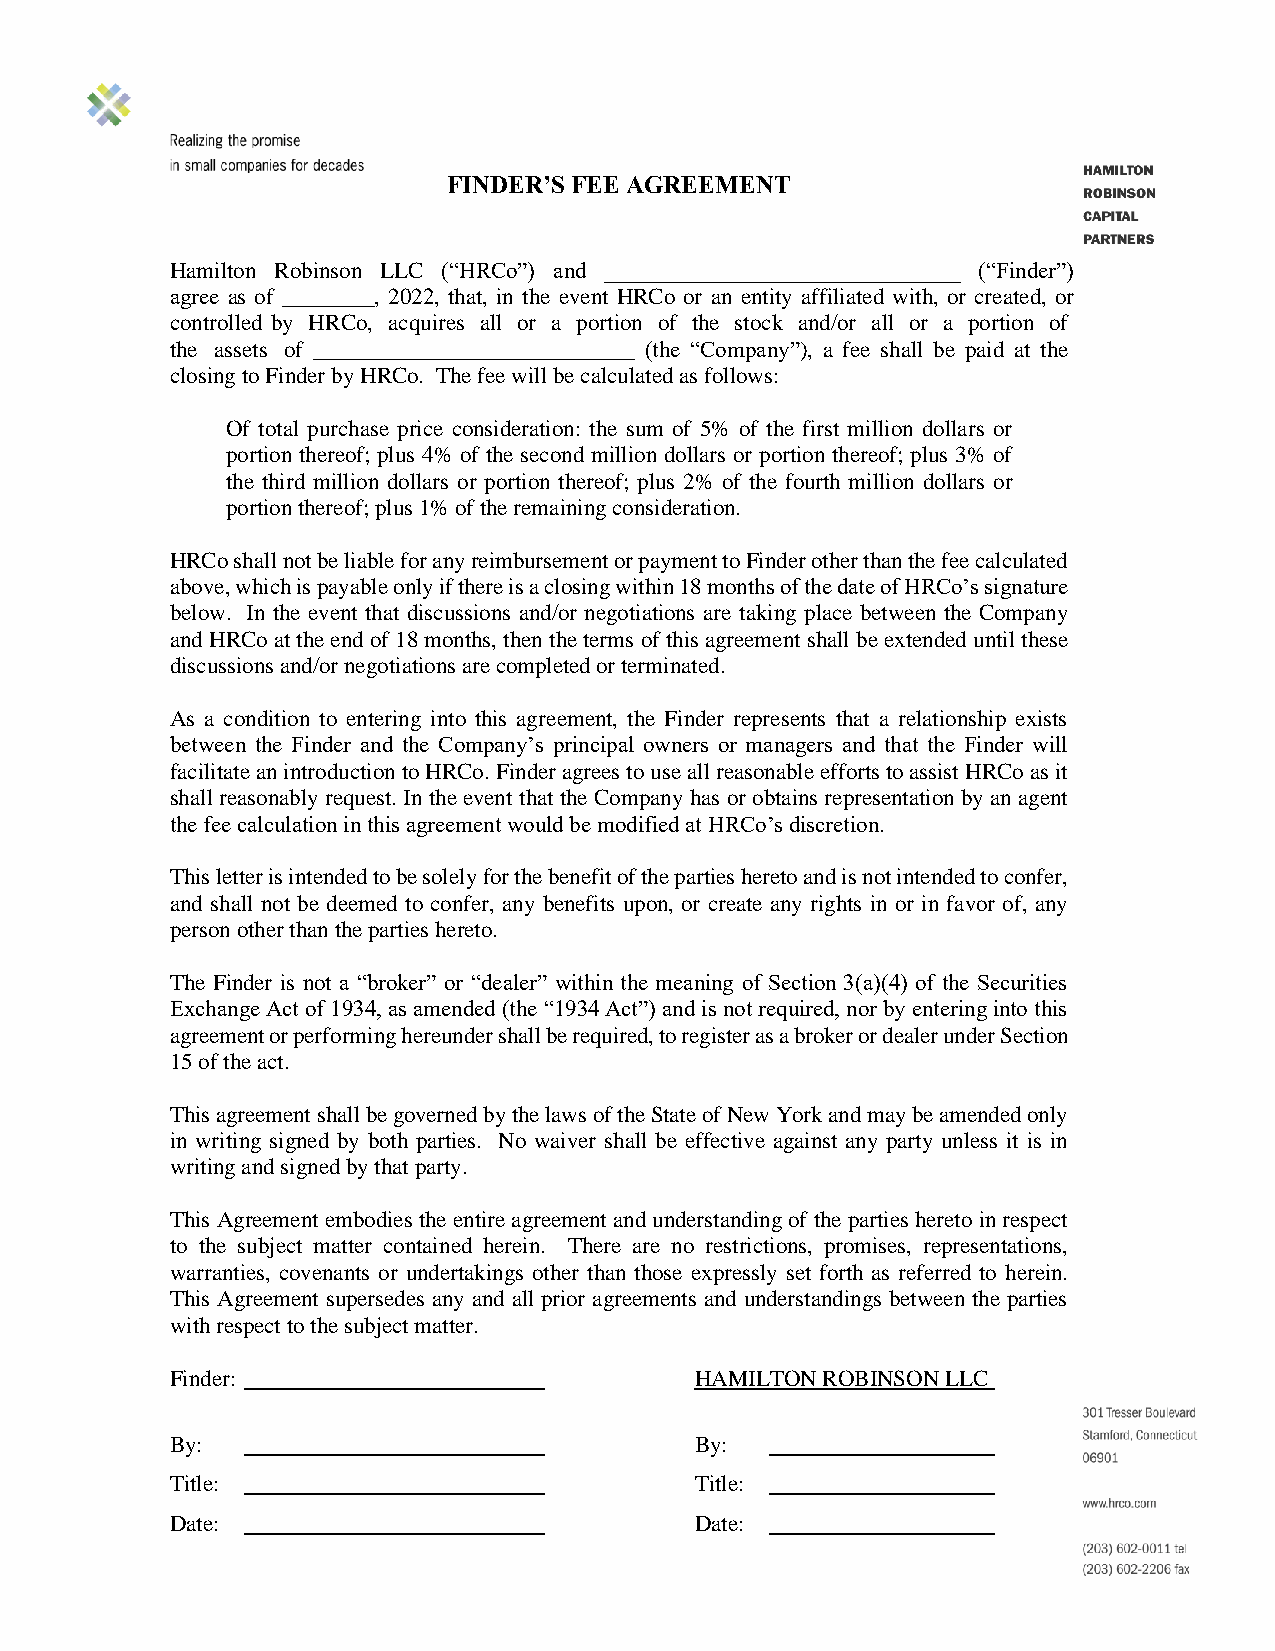
FINDER’S FEE AGREEMENT
 Hamilton Robinson LLC (“HRCo”) and _______________________________ (“Finder”)
 agree as of ________, 2022, that, in the event HRCo or an entity affiliated with, or created, or
 controlled by HRCo, acquires all or a portion of the stock and/or all or a portion of
 the assets of ____________________________ (the “Company”), a fee shall be paid at the
 closing to Finder by HRCo. The fee will be calculated as follows:
 Of total purchase price consideration: the sum of 5% of the first million dollars or
 portion thereof; plus 4% of the second million dollars or portion thereof; plus 3% of
 the third million dollars or portion thereof; plus 2% of the fourth million dollars or
 portion thereof; plus 1% of the remaining consideration.
 HRCo shall not be liable for any reimbursement or payment to Finder other than the fee calculated
 above, which is payable only if there is a closing within 18 months of the date of HRCo’s signature
 below. In the event that discussions and/or negotiations are taking place between the Company
 and HRCo at the end of 18 months, then the terms of this agreement shall be extended until these
 discussions and/or negotiations are completed or terminated.
 As a condition to entering into this agreement, the Finder represents that a relationship exists
 between the Finder and the Company’s principal owners or managers and that the Finder will
 facilitate an introduction to HRCo. Finder agrees to use all reasonable efforts to assist HRCo as it
 shall reasonably request. In the event that the Company has or obtains representation by an agent
 the fee calculation in this agreement would be modified at HRCo’s discretion.
 This letter is intended to be solely for the benefit of the parties hereto and is not intended to confer,
 and shall not be deemed to confer, any benefits upon, or create any rights in or in favor of, any
 person other than the parties hereto.
 The Finder is not a “broker” or “dealer” within the meaning of Section 3(a)(4) of the Securities
 Exchange Act of 1934, as amended (the “1934 Act”) and is not required, nor by entering into this
 agreement or performing hereunder shall be required, to register as a broker or dealer under Section
 15 of the act.
 This agreement shall be governed by the laws of the State of New York and may be amended only
 in writing signed by both parties. No waiver shall be effective against any party unless it is in
 writing and signed by that party.
 This Agreement embodies the entire agreement and understanding of the parties hereto in respect
 to the subject matter contained herein. There are no restrictions, promises, representations,
 warranties, covenants or undertakings other than those expressly set forth as referred to herein.
 This Agreement supersedes any and all prior agreements and understandings between the parties
 with respect to the subject matter.
 Finder:                            HAMILTON ROBINSON LLC
 By:                                By:
 Title:                             Title:
 Date:                              Date: